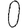
Digit: 0